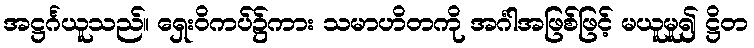
အဋ္ဌင်္ဂယူသည်။ ရှေးဝိကပ်၌ကား သမာဟိတကို အင်္ဂါအဖြစ်ဖြင့် မယူမူ၍ ဋ္ဌိတ